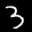
Label: 3